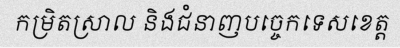
កម្រិតស្រាល និងជំនាញបច្ចេកទេសខេត្ត